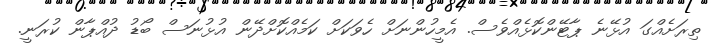
ތިރަށެއްގަ އުޅޭނެ ޕާޓޭންކޮޅެއްވެސް. އެމީހުންނަށް ހެވަކަށް ކަމެެއްކޮށްދޭން އުޅުނަސް ބޯޑު ދުއްޕާން ކުރަނީ.